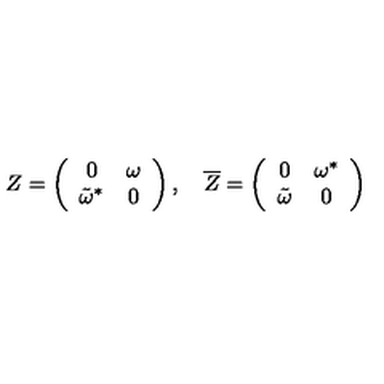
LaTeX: Z = \left( \begin{array} { c c } { 0 } & { \omega } \\ { { \tilde { \omega } } ^ { * } } & { 0 } \\ \end{array} \right) , \quad { \overline { Z } } = \left( \begin{array} { c c } { 0 } & { { \omega } ^ { * } } \\ { { \tilde { \omega } } } & { 0 } \\ \end{array} \right)